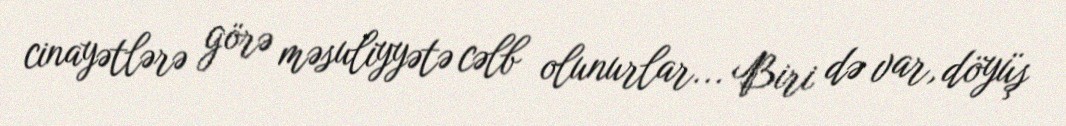
cinayətlərə görə məsuliyyətə cəlb olunurlar... Biri də var, döyüş